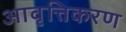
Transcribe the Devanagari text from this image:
आवृत्तिकरण